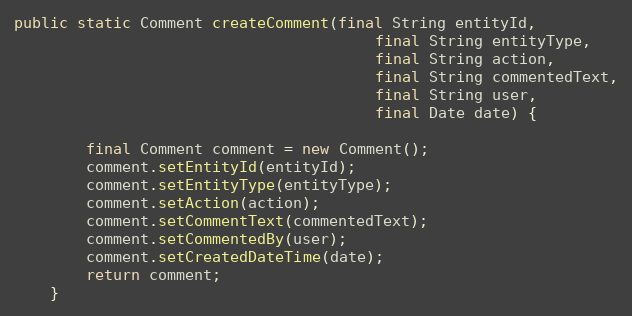
Language: Java
public static Comment createComment(final String entityId,
										final String entityType,
										final String action,
										final String commentedText,
										final String user,
										final Date date) {

		final Comment comment = new Comment();
		comment.setEntityId(entityId);
		comment.setEntityType(entityType);
		comment.setAction(action);
		comment.setCommentText(commentedText);
		comment.setCommentedBy(user);
		comment.setCreatedDateTime(date);
		return comment;
	}